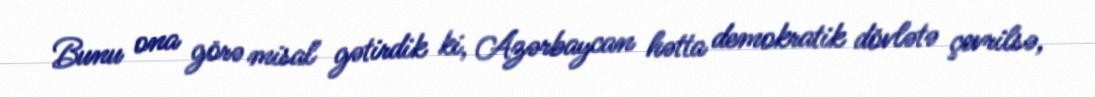
Bunu ona görə misal gətirdik ki, Azərbaycan hətta demokratik dövlətə çevrilsə,